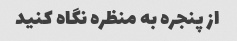
از پنجره به منظره نگاه کنید